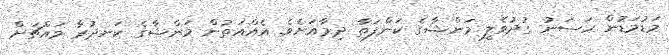
މަޑުމަޑުން ހަސަނު ގުދުވެލީ މަންޝާގެ ކަންފަތާ ދިމާއަށެވެ. އެއްއަތުން މަންޝާގެ ކަނދުރާ މައްޗަށް